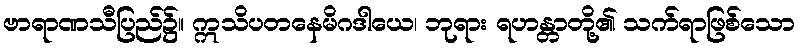
ဗာရာဏသီပြည်၌။ ဣသိပတနေမိဂဒါယေ၊ ဘုရား ရဟန္တာတို့၏ သက်ရာဖြစ်သော